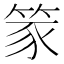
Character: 𫁾